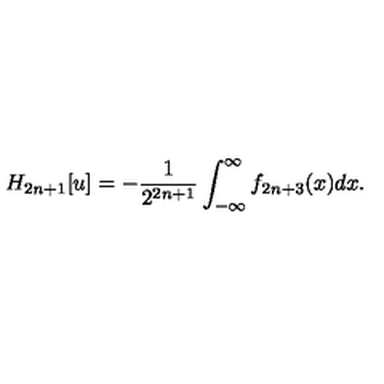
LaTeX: H _ { 2 n + 1 } [ u ] = - { \frac { 1 } { 2 ^ { 2 n + 1 } } } \int _ { - \infty } ^ { \infty } f _ { 2 n + 3 } ( x ) d x .